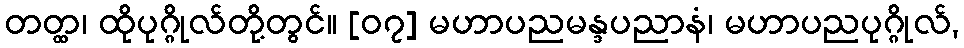
တတ္ထ၊ ထိုပုဂ္ဂိုလ်တို့တွင်။ [၀၇] မဟာပညမန္ဒပညာနံ၊ မဟာပညပုဂ္ဂိုလ်,